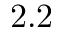
2 . 2